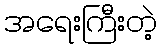
အရေးကြီးတဲ့